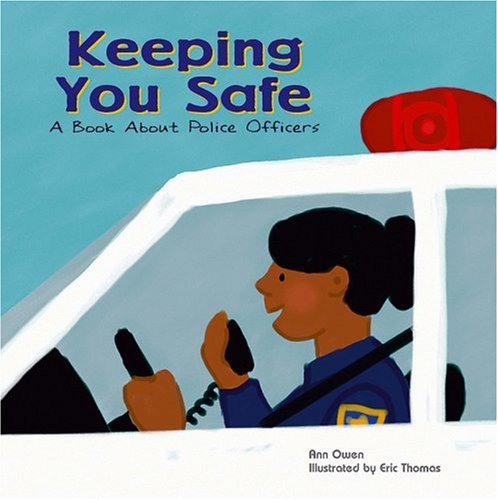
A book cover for Keeping You Safe: A Book About Police Officers (Community Workers); Ann Owen; Children's Books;